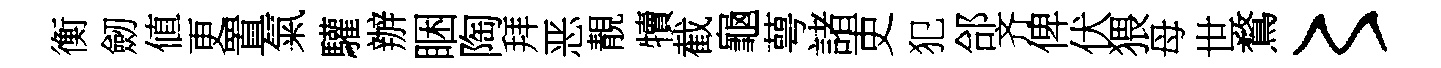
衡劒値更置氣驩辦睏陶拜恶靚犢截龜萼諸吏犯郃齐俾伏猥母世鶩〻